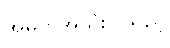
အဓိကအသုံးပြုသည့်